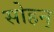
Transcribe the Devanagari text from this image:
सोहन्